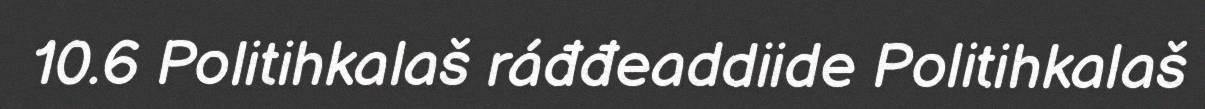
10.6 Politihkalaš ráđđeaddiide Politihkalaš